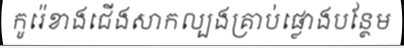
កូរ៉េខាងជើងសាកល្បងគ្រាប់ផ្លោងបន្ថែម